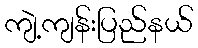
ကျဲ့ကျန်းပြည်နယ်